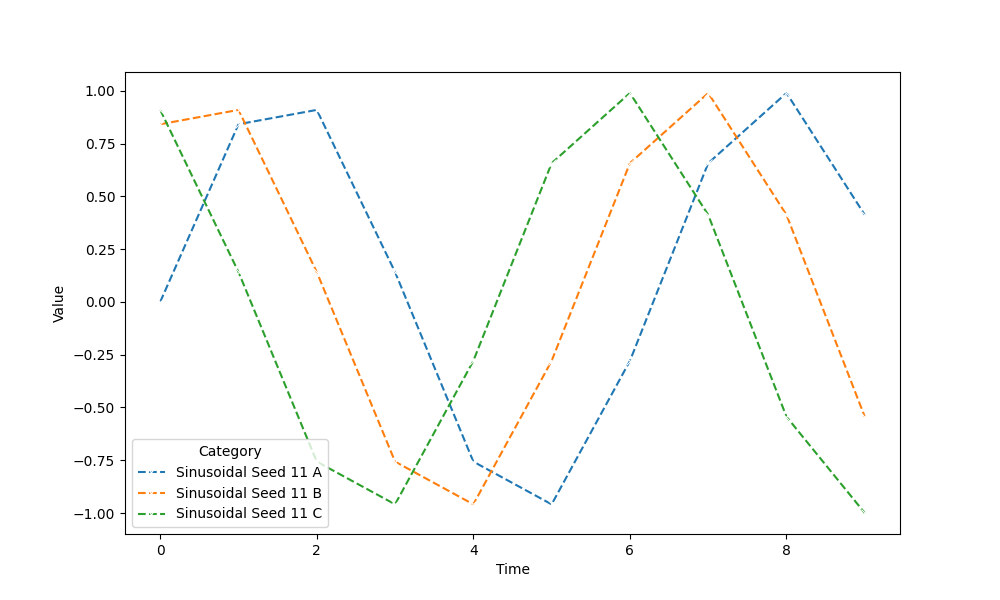
python, seaborn, lineplot, style='dashed', marker='x'